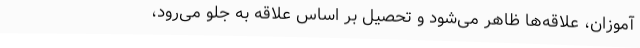
آموزان، علاقه‌ها ظاهر می‌شود و تحصیل بر اساس علاقه به جلو می‌رود،